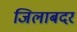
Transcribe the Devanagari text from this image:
जिलाबदर